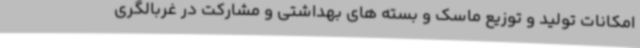
امکانات تولید و توزیع ماسک و بسته های بهداشتی و مشارکت در غربالگری